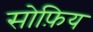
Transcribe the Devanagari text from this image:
सोफ़िय